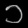
Digit: ၁